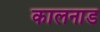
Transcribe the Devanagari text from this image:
कालनाड